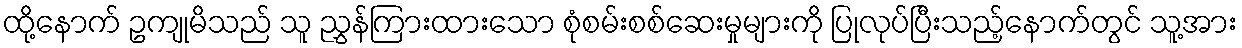
ထို့နောက် ဥကျုမိသည် သူ ညွှန်ကြားထားသော စုံစမ်းစစ်ဆေးမှုများကို ပြုလုပ်ပြီးသည့်နောက်တွင် သူ့အား